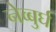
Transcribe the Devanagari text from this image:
नेव्बुर्घ